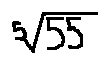
\sqrt [ 5 ] { 5 5 }